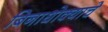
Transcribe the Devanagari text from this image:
बिनाधोक्याचे